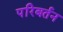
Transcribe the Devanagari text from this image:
परिबर्तन